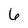
Character: 6